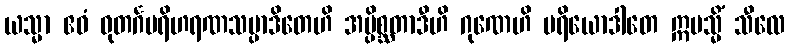
ယသ္မာ ဧဝံ ဓုတင်္ဂပရိဟရဏသမ္ပာဒိတေဟိ အပ္ပိစ္ဆတာဒီဟိ ဂုဏေဟိ ပရိယောဒါတေ ဣမသ္မိံ သီလေ